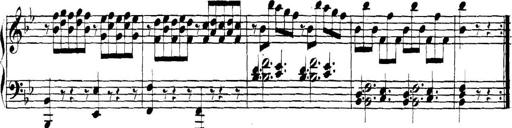
Title: Collected Piano Sonatas
Composer: Muzio Clementi